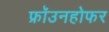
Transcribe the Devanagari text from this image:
फ्रॉउनहोफर